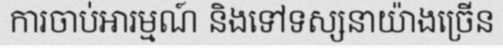
ការចាប់អារម្មណ៍ និងទៅទស្សនាយ៉ាងច្រើន